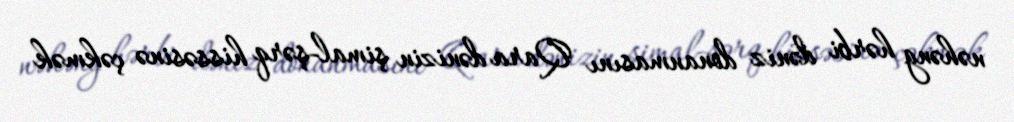
nəhəng hərbi dəniz donanmasını Qara dənizin şimal-şərq hissəsinə çəkmək